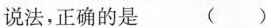
说法，正确的是 ()